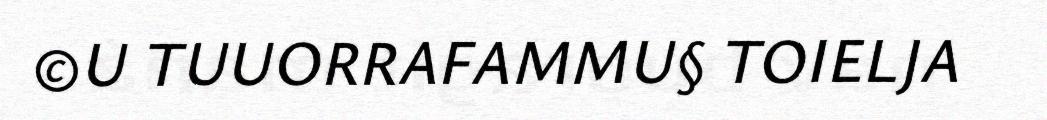
©U TUUORRAFAMMU§ TOIELJA